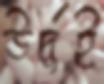
উর্দুই